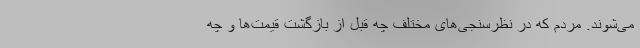
می‌شوند. مردم که در نظرسنجی‌های مختلف چه قبل از بازگشت قیمت‌ها و چه